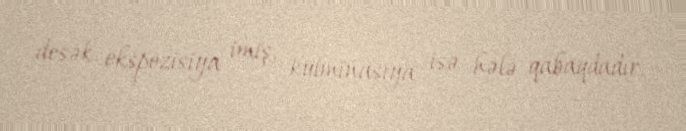
desək, ekspozisiya imiş, kulminasiya isə hələ qabaqdadır.